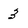
Character: 3